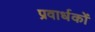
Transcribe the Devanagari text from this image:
प्रवार्धकों